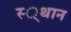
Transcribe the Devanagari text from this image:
स्‍्थान